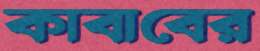
কাবাবের